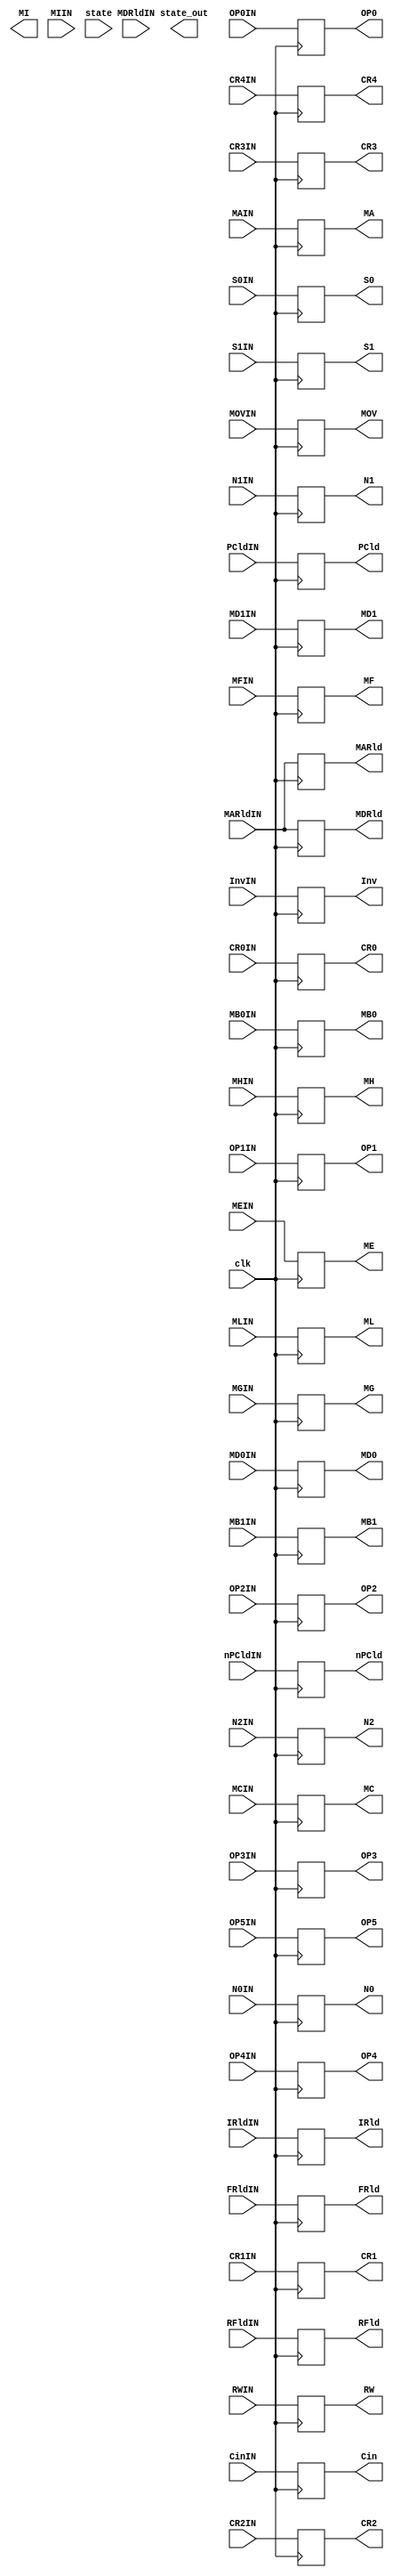
/* Module of Control Register for the Control Unit
   Programmed by: Lianne Snchez Rodrguez
   Phase 3 
   Professor: Nestor Rodrguez 
*/
module controlRegister(output reg MOV, output reg [4:0]state_out, output reg RW, MARld, MDRld, IRld, PCld, nPCld, RFld, FRld, Cin, MA, MB0, MB1, MC, MD0, MD1, ME, MF, MG,MH,MI,ML,OP5, 
				OP4, OP3, OP2, OP1, OP0, N2, N1, N0, Inv, S1, S0, CR4, CR3, CR2, CR1, CR0, input MOVIN, RWIN, MARldIN, MDRldIN, 
				IRldIN, PCldIN, nPCldIN, RFldIN, FRldIN, CinIN, MAIN, MB0IN, MB1IN, MCIN, MD0IN, MD1IN, MEIN, MFIN, MGIN,MHIN,MIIN,MLIN, OP5IN, OP4IN,
				OP3IN, OP2IN, OP1IN, OP0IN, N2IN, N1IN, N0IN, InvIN, S1IN, S0IN, CR4IN, CR3IN, CR2IN, CR1IN, CR0IN, input[4:0] state, input clk); 
	always @(posedge clk)
		begin
			//	Control Signals for Data Path
			MOV <= MOVIN;
			RW <= RWIN;
			MARld <= MARldIN;
			MDRld <= MARldIN;
			IRld <= IRldIN;
			PCld <= PCldIN;
			nPCld <= nPCldIN;
			RFld <= RFldIN;
			FRld <= FRldIN;
			Cin <= CinIN;
			MA <= MAIN;
			MB0 <= MB0IN;
			MB1 <= MB1IN;
			MC <= MCIN;
			MD0 <= MD0IN;
			MD1 <= MD1IN;
			ME <= MEIN;
			MF <= MFIN;
			MG <= MGIN;
			MH <= MHIN;
			ML <= MLIN;
			OP5 <= OP5IN;
			OP4 <= OP4IN;
			OP3 <= OP3IN;
			OP2 <= OP2IN;
			OP1 <= OP1IN;
			OP0 <= OP0IN;

			// 	Transition State Signals
			N2 <= N2IN;
			N1 <= N1IN;
			N0 <= N0IN;
			Inv <= InvIN;
			S1 <= S1IN;
			S0 <= S0IN;
			CR4 <= CR4IN;
			CR3 <= CR3IN;
			CR2 <= CR2IN;
			CR1 <= CR1IN;
			CR0 <= CR0IN;

			//state_out <= state;
		end
endmodule